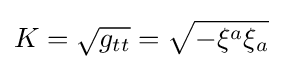
K={\sqrt {g_{tt}}}={\sqrt {-\xi ^{a}\xi _{a}}}